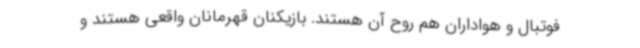
فوتبال و هواداران هم روح آن هستند. بازیکنان قهرمانان واقعی هستند و